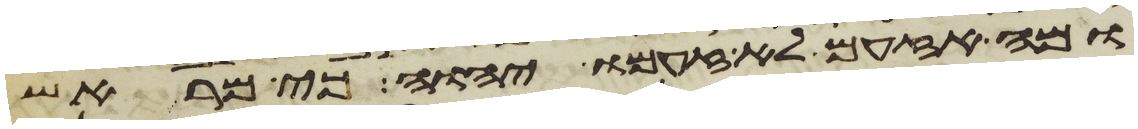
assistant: ומה אזעם לא זעם יהוה כי מראש